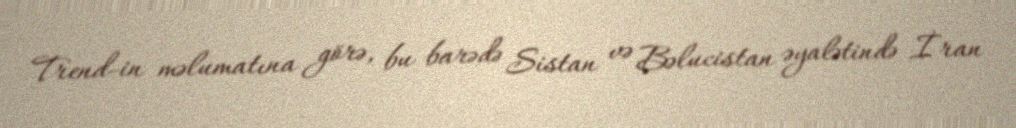
Trend-in məlumatına görə, bu barədə Sistan və Bəlucistan əyalətində İran